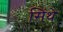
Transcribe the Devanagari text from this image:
सिंथे